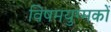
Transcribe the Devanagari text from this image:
विषमयुग्मकों